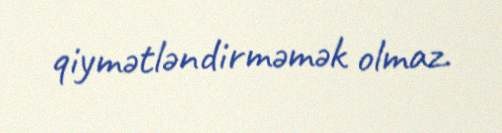
qiymətləndirməmək olmaz.